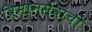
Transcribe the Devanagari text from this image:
विमानसेवांची